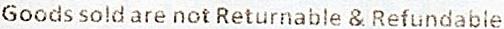
GOODS SOLD ARE NOT RETURNABLE & REFUNDABLE